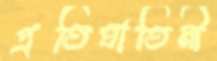
প্রতিঘাতিনী